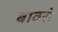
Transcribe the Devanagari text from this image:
बावरो